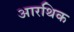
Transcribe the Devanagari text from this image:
आरथिक